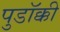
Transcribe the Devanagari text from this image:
पुडॉक्की